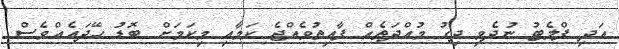
އަދި ފްލެޓު ނުދެވި ދިގު މުއްދަތެއް ފާއިތުވެއްޖެ ކަމާއި މިކަމަށް ބޮޑު ހޭދައެއްވެސް